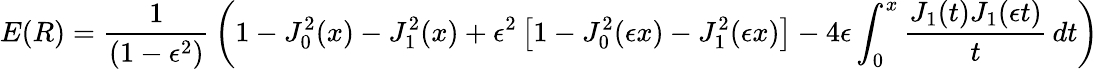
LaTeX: E(R)={\frac{1}{(1-\epsilon^{2})}}\left(1-J_{0}^{2}(x)-J_{1}^{2}(x)+\epsilon^{2}\left[1-J_{0}^{2}(\epsilon x)-J_{1}^{2}(\epsilon x)\right]-4\epsilon\int_{0}^{x}{\frac{J_{1}(t)J_{1}(\epsilon t)}{t}}\, dt\right)